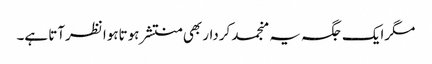
مگرایک جگہ یہ منجمد کردار بھی منتشر ہوتاہوا نظرآتا ہے۔